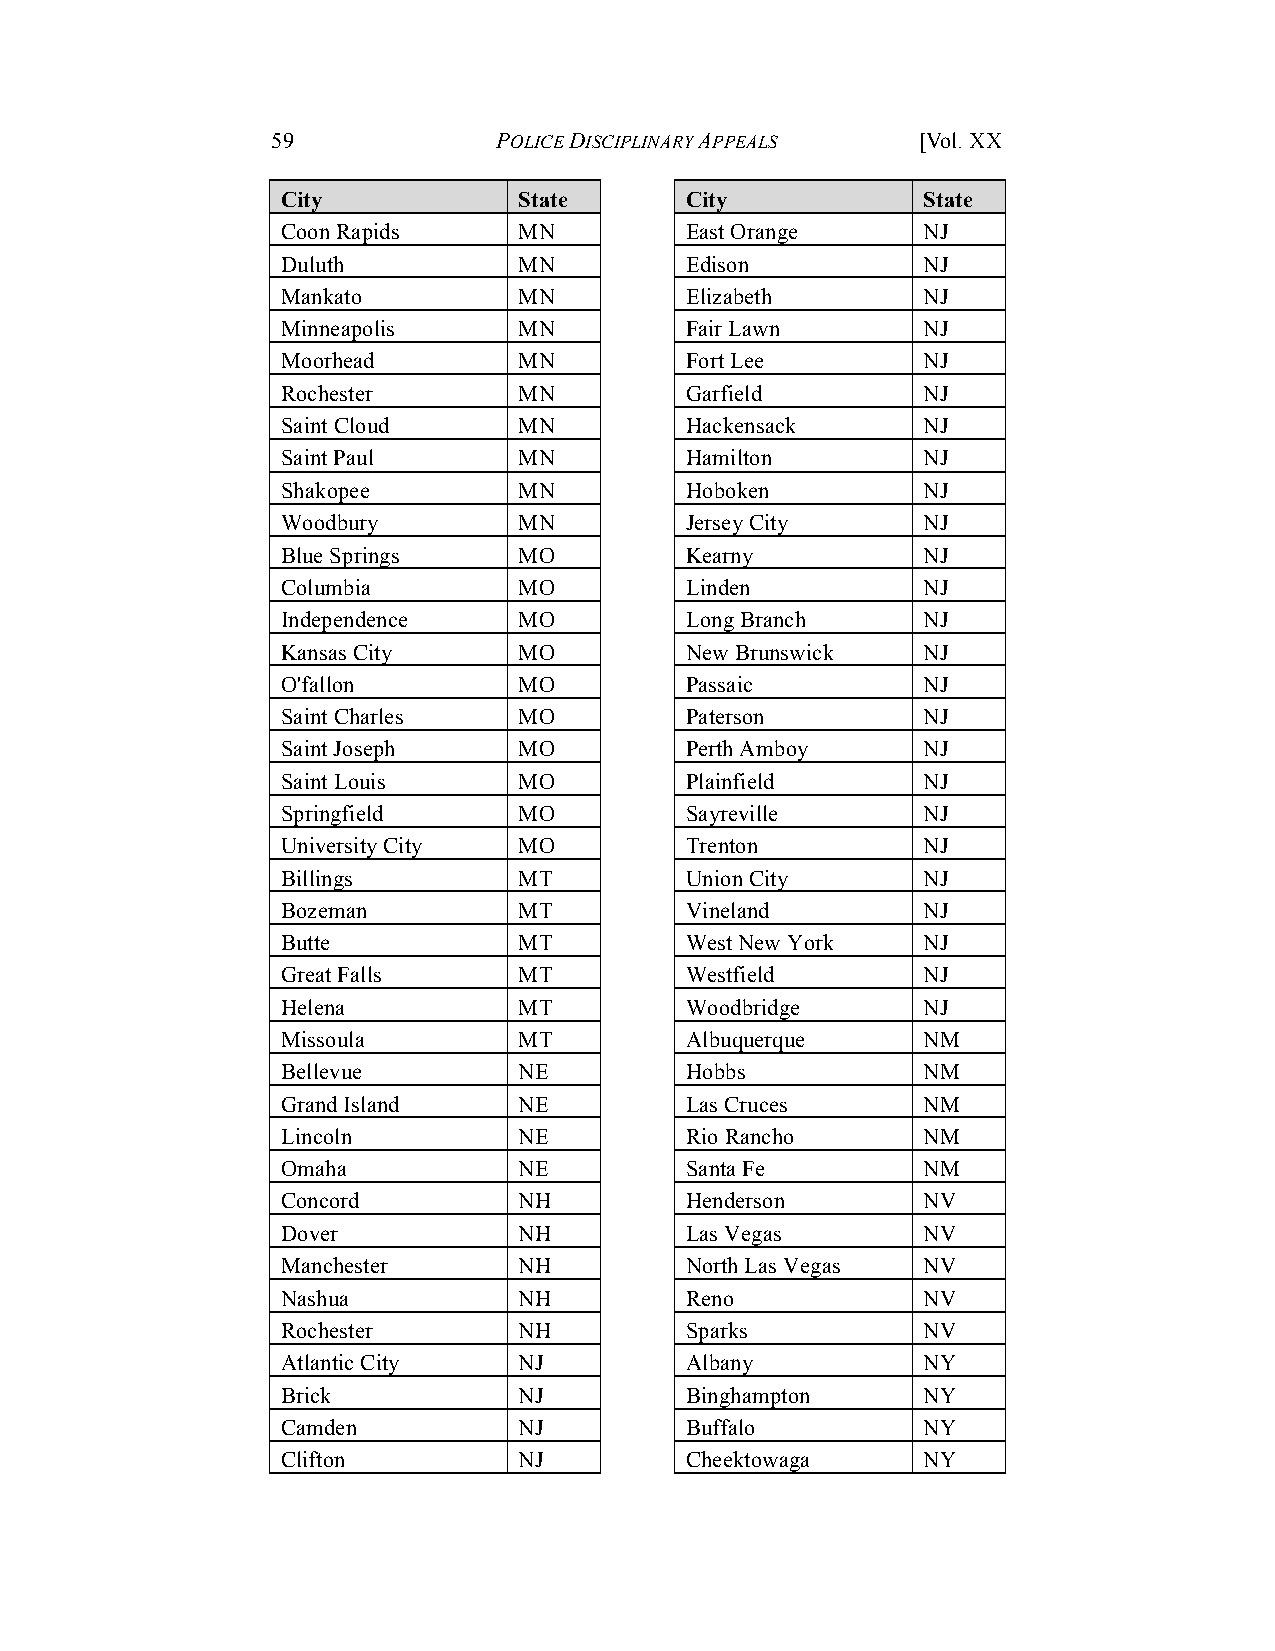
59             POLICE DISCIPLINARY APPEALS [Vol. XX
 City           State      City            State
 Coon Rapids    MN         East Orange     NJ
 Duluth         MN         Edison          NJ
 Mankato        MN         Elizabeth       NJ
 Minneapolis    MN         Fair Lawn       NJ
 Moorhead       MN         Fort Lee        NJ
 Rochester      MN         Garfield        NJ
 Saint Cloud    MN         Hackensack      NJ
 Saint Paul     MN         Hamilton        NJ
 Shakopee       MN         Hoboken         NJ
 Woodbury       MN         Jersey City     NJ
 Blue Springs   MO         Kearny          NJ
 Columbia       MO         Linden          NJ
 Independence   MO         Long Branch     NJ
 Kansas City    MO         New Brunswick   NJ
 O'fallon       MO         Passaic         NJ
 Saint Charles  MO         Paterson        NJ
 Saint Joseph   MO         Perth Amboy     NJ
 Saint Louis    MO         Plainfield      NJ
 Springfield    MO         Sayreville      NJ
 University City MO        Trenton         NJ
 Billings       MT         Union City      NJ
 Bozeman        MT         Vineland        NJ
 Butte          MT         West New York   NJ
 Great Falls    MT         Westfield       NJ
 Helena         MT         Woodbridge      NJ
 Missoula       MT         Albuquerque     NM
 Bellevue       NE         Hobbs           NM
 Grand Island   NE         Las Cruces      NM
 Lincoln        NE         Rio Rancho      NM
 Omaha          NE         Santa Fe        NM
 Concord        NH         Henderson       NV
 Dover          NH         Las Vegas       NV
 Manchester     NH         North Las Vegas NV
 Nashua         NH         Reno            NV
 Rochester      NH         Sparks          NV
 Atlantic City  NJ         Albany          NY
 Brick          NJ         Binghampton     NY
 Camden         NJ         Buffalo         NY
 Clifton        NJ         Cheektowaga     NY